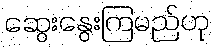
ဆွေးနွေးကြမည်ဟု